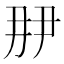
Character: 𬼋